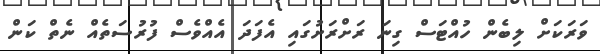
ވަރަކަށް ލިބެން ހުއްޓަސް ގިނަ ރަށްރަށުގައި އެފަދަ އެއްވެސް ފުރުސަތެއް ނެތް ކަން